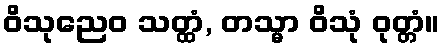
ဝိသုညေဝ သတ္ထံ, တသ္မာ ဝိသုံ ဝုတ္တံ။